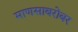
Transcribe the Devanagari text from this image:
माणसाबरोबर